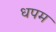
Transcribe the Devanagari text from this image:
धपम